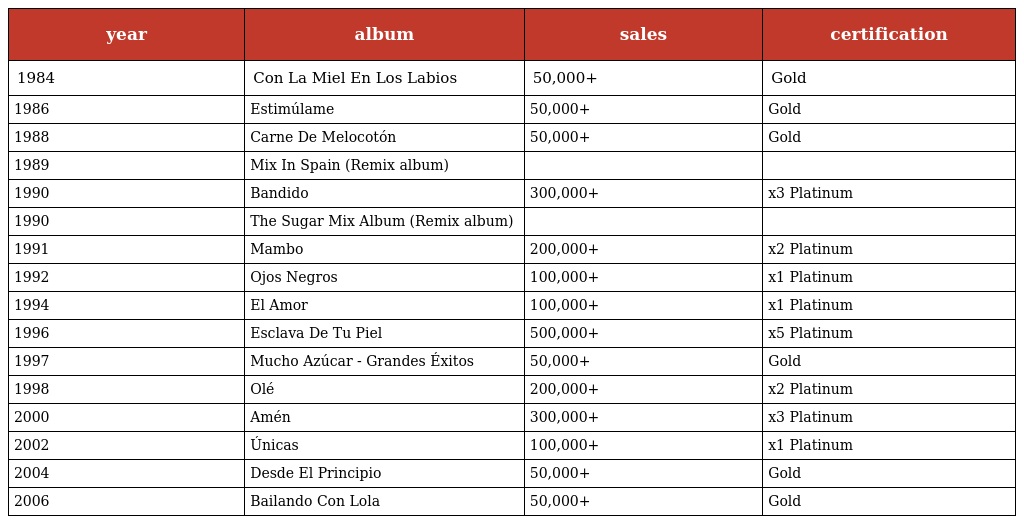
| year | album | sales | certification |
 | --- | --- | --- | --- |
 | 1984 | Con La Miel En Los Labios | 50,000+ | Gold |
 | 1986 | Estimúlame | 50,000+ | Gold |
 | 1988 | Carne De Melocotón | 50,000+ | Gold |
 | 1989 | Mix In Spain (Remix album) |  |  |
 | 1990 | Bandido | 300,000+ | x3 Platinum |
 | 1990 | The Sugar Mix Album (Remix album) |  |  |
 | 1991 | Mambo | 200,000+ | x2 Platinum |
 | 1992 | Ojos Negros | 100,000+ | x1 Platinum |
 | 1994 | El Amor | 100,000+ | x1 Platinum |
 | 1996 | Esclava De Tu Piel | 500,000+ | x5 Platinum |
 | 1997 | Mucho Azúcar - Grandes Éxitos | 50,000+ | Gold |
 | 1998 | Olé | 200,000+ | x2 Platinum |
 | 2000 | Amén | 300,000+ | x3 Platinum |
 | 2002 | Únicas | 100,000+ | x1 Platinum |
 | 2004 | Desde El Principio | 50,000+ | Gold |
 | 2006 | Bailando Con Lola | 50,000+ | Gold |